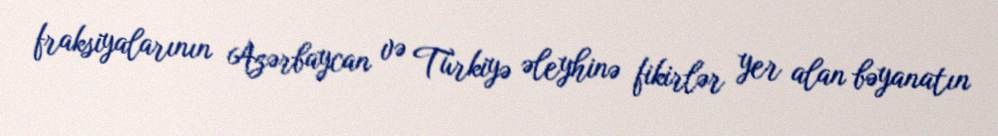
fraksiyalarının Azərbaycan və Türkiyə əleyhinə fikirlər yer alan bəyanatın